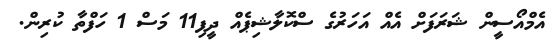
އެމްއޯސީން ޝަރަފަށް އެއް އަހަރުގެ ސްކޮލާޝިޕެއް ދީފި11 މަސް 1 ހަފްތާ ކުރިން.